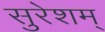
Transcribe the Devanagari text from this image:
सुरेशम्‌